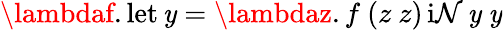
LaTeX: \lambdaf.\operatorname{let}\mathit{y}=\lambdaz.f\ (z\ z)\operatorname{i\mathcal{N}}\mathit{y}\ \mathit{y}